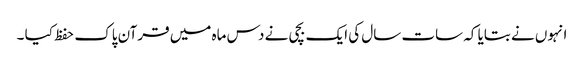
انہوں نے بتایا کہ سات سال کی ایک بچی نے دس ماہ میں قرآن پاک حفظ کیا ۔